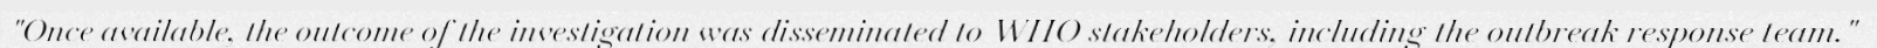
"Once available, the outcome of the investigation was disseminated to WHO stakeholders, including the outbreak response team."